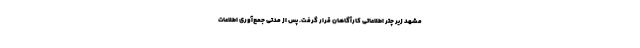
مشهد زیر چتر اطلاعاتی کارآگاهان قرار گرفت. پس از مدتی جمع‌آوری اطلاعات